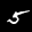
Label: 5